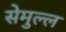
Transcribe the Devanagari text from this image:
सेमुल्ल